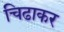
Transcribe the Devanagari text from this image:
चिढाकर